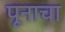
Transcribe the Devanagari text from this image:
पूनाचा